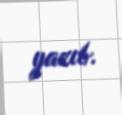
yazıb.